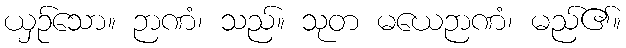
ယှဉ်သော။ ဉာဏံ၊ သည်။ သုတ မယေဉာဏံ၊ မည်၏။